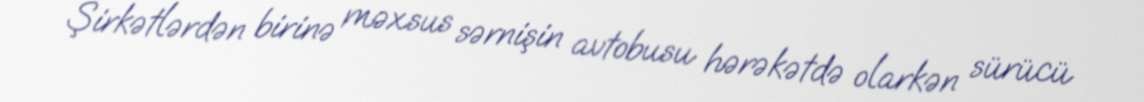
Şirkətlərdən birinə məxsus sərnişin avtobusu hərəkətdə olarkən sürücü